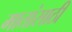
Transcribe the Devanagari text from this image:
मातांसाठी